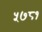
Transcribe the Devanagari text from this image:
५७८१